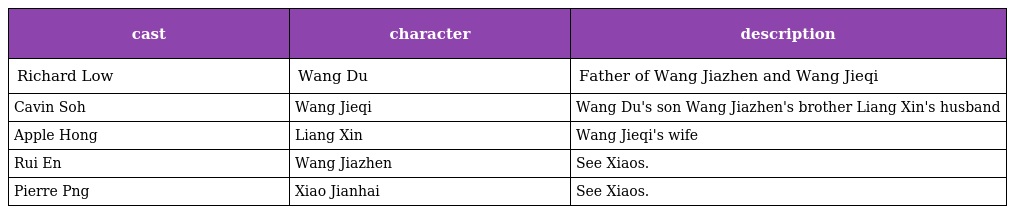
| cast | character | description |
 | --- | --- | --- |
 | Richard Low | Wang Du | Father of Wang Jiazhen and Wang Jieqi |
 | Cavin Soh | Wang Jieqi | Wang Du's son Wang Jiazhen's brother Liang Xin's husband |
 | Apple Hong | Liang Xin | Wang Jieqi's wife |
 | Rui En | Wang Jiazhen | See Xiaos. |
 | Pierre Png | Xiao Jianhai | See Xiaos. |